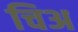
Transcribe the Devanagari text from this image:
चिअ